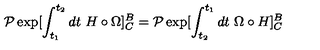
{ \cal P } \exp [ \int _ { t _ { 1 } } ^ { t _ { 2 } } d t \ H \circ \Omega ] _ { C } ^ { B } = { \cal P } \exp [ \int _ { t _ { 2 } } ^ { t _ { 1 } } d t \ \Omega \circ H ] _ { C } ^ { B }